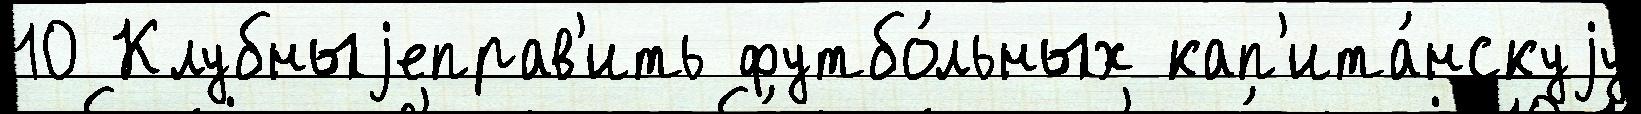
10 Клубныjеправ'ить футбо́льных кап'ита́нскуjу